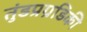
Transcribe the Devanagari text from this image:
तुंडप्रग्रडिकी